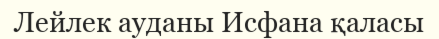
Лейлек ауданы Исфана қаласы